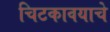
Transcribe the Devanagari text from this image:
चिटकावयाचे